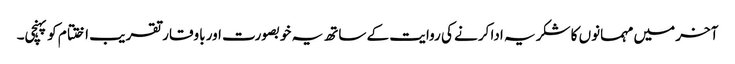
آخر میں مہمانوں کا شکریہ ادا کرنے کی روایت کے ساتھ یہ خوبصورت اور باوقار تقر یب اختتام کو پہنچی۔